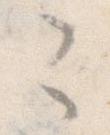
こ